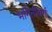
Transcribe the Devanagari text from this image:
भगिनीवर्ग